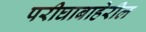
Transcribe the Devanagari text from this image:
परीघाबाहेरील